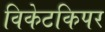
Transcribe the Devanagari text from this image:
विकेटकिपर